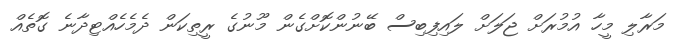
މަރާލި މީހާ އުމުރަށް ޖަލަށް ލައިފިބިސް ބޭނުންކޮށްގެން މޫނުގެ ރީތިކަން ދެމެހެއްޓިދާނެ ގޮތެއް